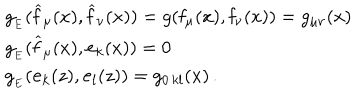
\begin{array} { l l } { { g _ { _ E } ( \widehat { \mathbf { f } } _ { \mu } ( x ) , \widehat { \mathbf { f } } _ { \nu } ( x ) ) = g ( \mathbf { f } _ { \mu } ( x ) , \mathbf { f } _ { \nu } ( x ) ) = g _ { \mu \nu } ( x ) } } \\ { { g _ { _ E } ( \widehat { \mathbf { f } } _ { \mu } ( x ) , \mathbf { e } _ { k } ( x ) ) = 0 } } \\ { { g _ { _ E } ( \mathbf { e } _ { k } ( z ) , \mathbf { e } _ { l } ( z ) ) = g _ { 0 \, k l } ( x ) \, . } } \\ \end{array}